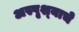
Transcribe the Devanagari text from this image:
अस्पृश्‍याचे